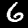
Label: 6